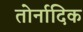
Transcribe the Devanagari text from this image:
तोर्नादिक